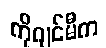
ကိုဂျင်မီက